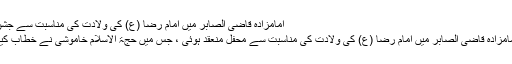
امامزادہ قاضی الصابر میں امام رضا (ع) کی ولادت کی مناسبت سے جشن
امامزادہ قاضی الصابر میں امام رضا (ع) کی ولادت کی مناسبت سے محفل منعقد ہوئی ، جس میں حجۃ الاسلام خاموشی نے خطاب کیا۔